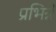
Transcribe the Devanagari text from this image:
प्रभिन्ने